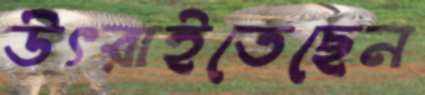
উৎরাইতেছেন